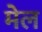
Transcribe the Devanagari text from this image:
मेल